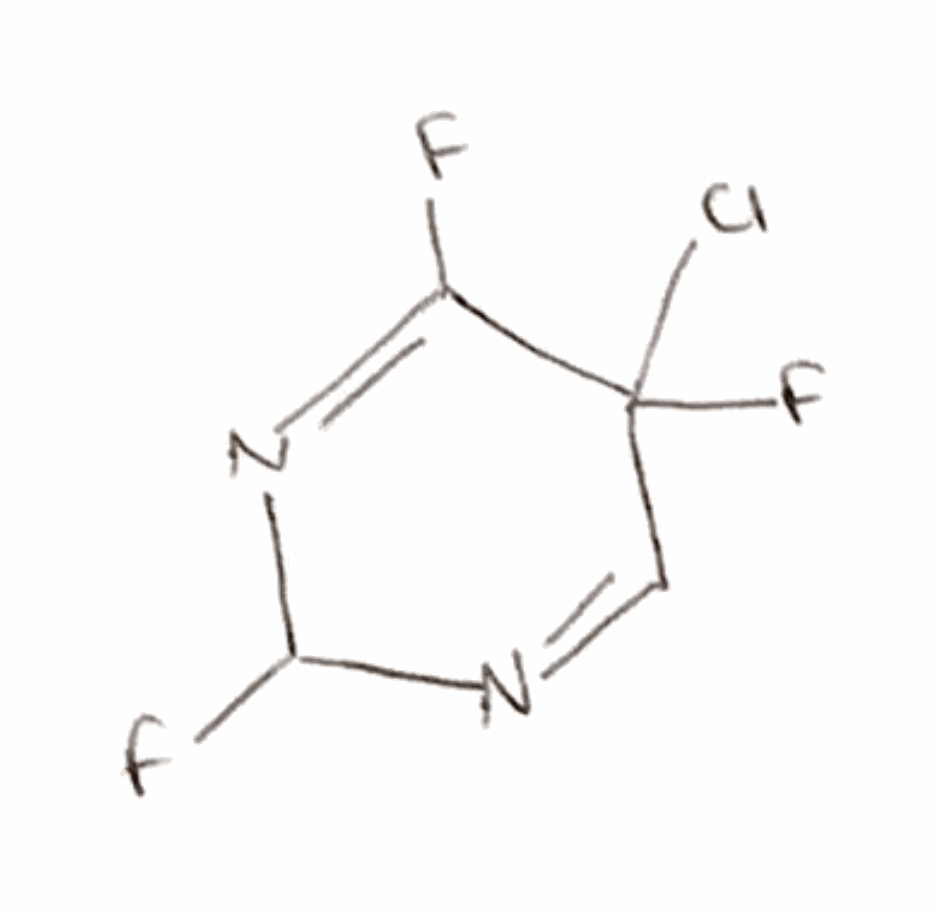
Simplified molecular-input line-entry system (SMILES) notation of the given molecule:
C1=NC(N=C(C1(F)Cl)F)F